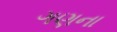
ગણના